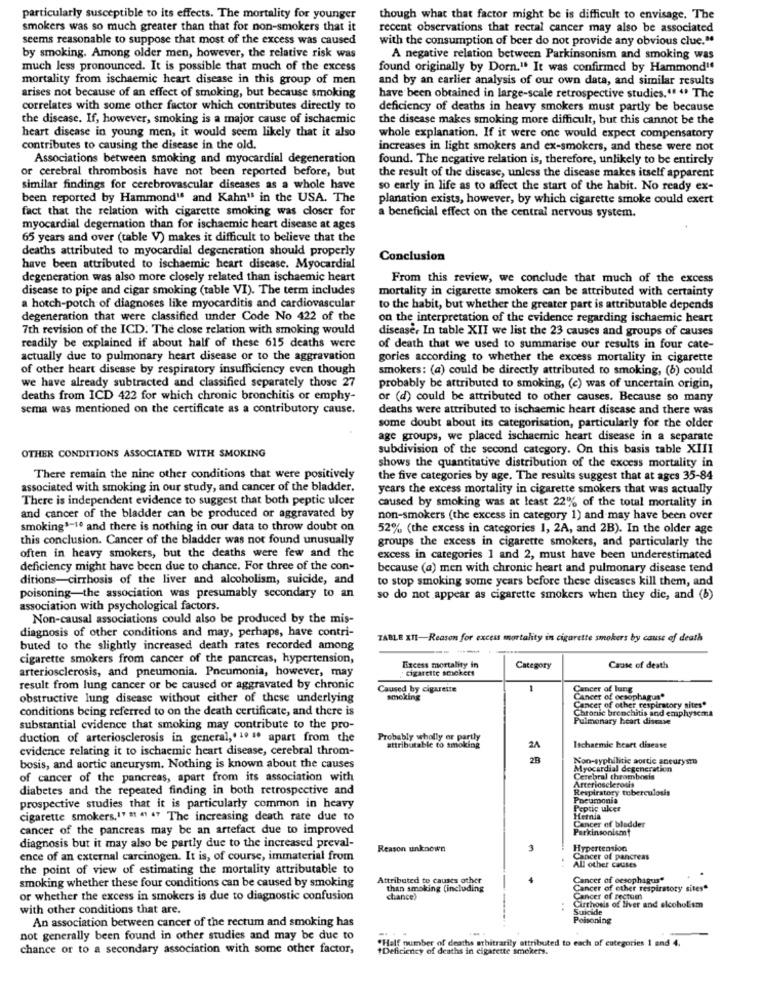
particularly susceptible to its effects. The mortality for younger
though what that factor might be is difficult to envisage. The
smokers was so much greater than that for non-smokers that it
recent observations that rectal cancer may also be associated
seems reasonable to suppose that most of the excess was caused
with the consumption of beer do not provide any obvious clue."
by smoking. Among older men, however, the relative risk was
A negative relation between Parkinsonism and smoking was
much less pronounced. It is possible that much of the excess
found originally by Dorn.". It was confirmed by Hammond"
mortality from ischaemic heart disease in this group of men
and by an earlier analysis of our own data, and similar results
arises not because of an effect of smoking, but because smoking
have been obtained in large-scale retrospective studies." " The
correlates with some other factor which contributes directly to
deficiency of deaths in heavy smokers must partly be because
the disease. If, however, smoking is a major cause of ischaemic
the disease makes smoking more difficult, but this cannot be the
heart disease in young men, it would seem likely that it also
whole explanation. If it were one would expect compensatory
contributes to causing the disease in the old.
increases in light smokers and ex-smokers, and these were not
Associations between smoking and myocardial degeneration
found. The negative relation is, therefore, unlikely to be entirely
or cerebral thrombosis have not been reported before, but
the result of the disease, unless the disease makes itself apparent
similar findings for cerebrovascular diseases as a whole have
so early in life as to affect the start of the habit. No ready ex-
been reported by Hammond" and Kahn" in the USA. The
planation exists, however, by which cigarette smoke could exert
fact that the relation with cigarette smoking was closer for
a beneficial effect on the central nervous system.
myocardial degernation than for ischaemic heart disease at ages
65 years and over (table V) makes it difficult to believe that the
deaths attributed to myocardial degeneration should properly
Conclusion
have been attributed to ischaemic heart disease. Myocardial
degeneration was also more closely related than ischaemic heart
From this review, we conclude that much of the excess
disease to pipe and cigar smoking (table VI). The term includes
mortality in cigarette smokers can be attributed with certainty
a hotch-potch of diagnoses like myocarditis and cardiovascular
to the habit, but whether the greater part is attributable depends
degeneration that were classified under Code No 422 of the
on the interpretation of the evidence regarding ischaemic heart
7th revision of the ICD. The close relation with smoking would
disease, In table XII we list the 23 causes and groups of causes
readily be explained if about half of these 615 deaths were
of death that we used to summarise our results in four cate-
actually due to pulmonary heart disease or to the aggravation
gories according to whether the excess mortality in cigarette
of other heart disease by respiratory insufficiency even though
smokers: (a) could be directly attributed to smoking, (6) could
we have already subtracted and classified separately those 27
probably be attributed to smoking, (e) was of uncertain origin,
deaths from ICD 422 for which chronic bronchitis or emphy-
or (d) could be attributed to other causes. Because so many
sema was mentioned on the certificate as a contributory cause.
deaths were attributed to ischaemic heart disease and there was
some doubt about its categorisation, particularly for the older
age groups, we placed ischaemic heart disease in a separate
subdivision of the second category. On this basis table XIII
OTHER CONDITIONS ASSOCIATED WITH SMOKING
shows the quantitative distribution of the excess mortality in
There remain the nine other conditions that were positively
the five categories by age. The results suggest that at ages 35-84
associated with smoking in our study, and cancer of the bladder,
years the excess mortality in cigarette smokers that was actually
There is independent evidence to suggest that both peptic ulcer
caused by smoking was at least 22% of the total mortality in
and cancer of the bladder can be produced or aggravated by
non-smokers (the excess in category 1) and may have been over
smoking1-10 and there is nothing in our data to throw doubt on
52% (the excess in categories 1, 2A, and 2B). In the older age
this conclusion. Cancer of the bladder was not found unusually
groups the excess in cigarette smokers, and particularly the
often in heavy smokers, but the deaths were few and the
excess in categories 1 and 2, must have been underestimated
deficiency might have been due to chance. For three of the con-
because (a) men with chronic heart and pulmonary disease tend
ditions-cirrhosis of the liver and alcoholism, suicide, and
to stop smoking some years before these diseases kill them, and
poisoning-the association was presumably secondary to an
so do not appear as cigarette smokers when they die, and (8)
association with psychological factors.
Non-causal associations could also be produced by the mis-
diagnosis of other conditions and may, perhaps, have contri-
TABLE XII-Reason for excess mortality in cigarette smokers by cause of death
buted to the slightly increased death rates recorded among
----
cigarette smokers from cancer of the pancreas, hypertension,
arteriosclerosis, and pneumonia. Pneumonia, however, may
cigarette smokert
Excess mortality in
Category
Cause of death
result from lung cancer or be caused or aggravated by chronic
Caused by cigarette
1
Cancer of lung
obstructive lung disease without either of these underlying
smoking
Cancer of other respiratory sites.
Cancer of oesophagus*
conditions being referred to on the death certificate, and there is
Chronic bronchitis and emphysema
Pulmonary heart disease
substantial evidence that smoking may contribute to the pro-
duction of arteriosclerosis in general ,. 1. .. apart from the
Probably wholly ar partly
evidence relating it to ischaemic heart disease, cerebral throm-
attributable to smoking
24
Ischaemic heart disease
Non-syphilitic sortie aneurysmo
bosis, and aortic aneurysm. Nothing is known about the causes
Myocardial degeneration
of cancer of the pancreas, apart from its association with
Arteriosclerosis
Cerebral thrombosis
diabetes and the repeated finding in both retrospective and
Respiratory tuberculosis
Pneumonia
prospective studies that it is particularly common in heavy
Peptic ulcer
cigarette smokers,1" "1 "1 . The increasing death rate due to
Hernia
Cancer of bladder
cancer of the pancreas may be an artefact due to improved
Parkinsonism
diagnosis but it may also be partly due to the increased preval-
Reason unknown
Hypertension
ence of an external carcinogen. It is, of course, immaterial from
Cancer of pancreas
All other causes
the point of view of estimating the mortality attributable to
smoking whether these four conditions can be caused by smoking
Attributed to causes other
Cancer of oesophagus"
than smoking (including
Cancer of other respiratory sites"
or whether the excess in smokers is due to diagnostic confusion
chance)
Cirrhosis of liver and alcoholsm
Cancer of rectum
with other conditions that are.
Suicide
An association between cancer of the rectum and smoking has
Poisoning
not generally been found in other studies and may be due to
"Half number of deaths arbitrarily attributed to each of categories 1 and 4.
chance or to a secondary association with some other factor,
#Deficiency of deaths in cigarette smokers.